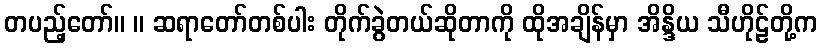
တပည့်တော်။ ။ ဆရာတော်တစ်ပါး တိုက်ခွဲတယ်ဆိုတာကို ထိုအချိန်မှာ အိန္ဒိယ သီဟိုဠ်တို့က